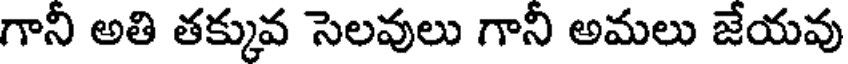
గానీ అతి తక్కువ సెలవులు గాని అమలు జేయవు